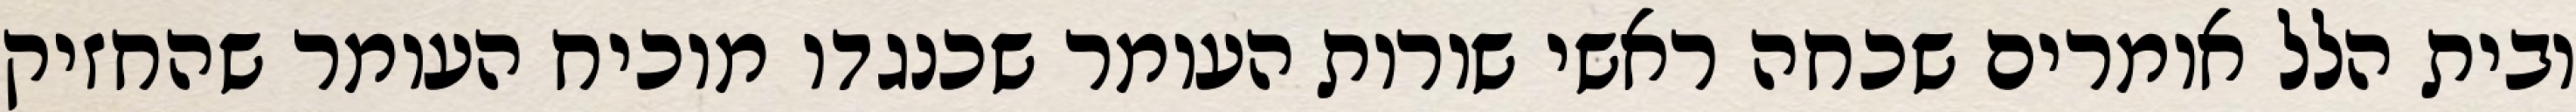
ובית הלל אומרים שכחה ראשי שורות העומר שכנגדו מוכיח העומר שהחזיק